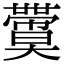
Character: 𡚙